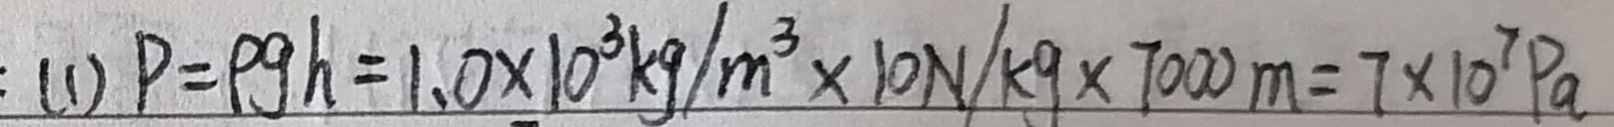
: ( 1 ) P = \rho g h = 1 . 0 \times 1 0 ^ { 3 } k g / m ^ { 3 } \times 1 0 N / k g \times 7 0 0 0 m = 7 \times 1 0 ^ { 7 } P a